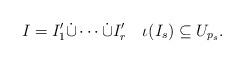
LaTeX: \begin{align*}I=I'_1\dot\cup\cdots\dot\cup I'_r\quad\iota(I_s)\subseteq U_{p_s}.\end{align*}